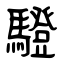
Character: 䮴